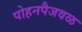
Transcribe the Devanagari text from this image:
पोहनपैजवळ